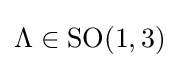
\Lambda \in \mathrm {SO} (1,3)~